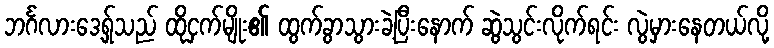
ဘင်္ဂလားဒေ့ရ်ှသည် ထိုငှက်မျိုး၏ ထွက်ခွာသွားခဲ့ပြီးနောက် ဆွဲသွင်းလိုက်ရင်း လွဲမှားနေတယ်လို့